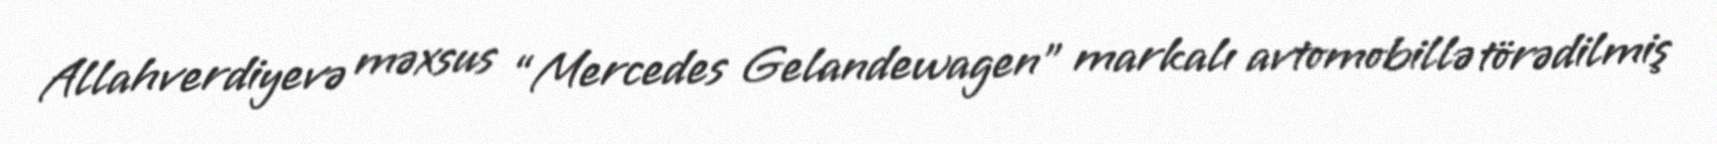
Allahverdiyevə məxsus “Mercedes Gelandewagen” markalı avtomobillə törədilmiş